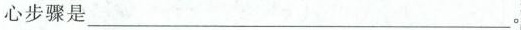
心步骤是___。